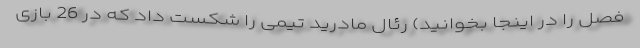
فصل را در اینجا بخوانید) رئال مادرید تیمی را شکست داد که در 26 بازی